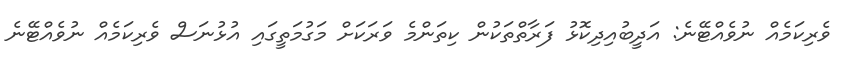
ވެރިކަމެއް ނުވެއްޓޭނެ: އަދީބުއިދިކޮޅު ފަރާތްތަކުން ކިތަންމެ ވަރަކަށް މަގުމަތީގައި އުޅުނަސް ވެރިކަމެއް ނުވެއްޓޭނެ